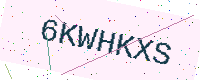
Text: 6KWHKXS